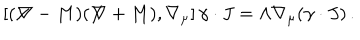
LaTeX: \left[ ( \not \! \nabla - M ) ( \not \! \nabla + M ) , \nabla _ { \mu } \right] \gamma \cdot J = \Lambda \nabla _ { \mu } ( \gamma \cdot J ) \, .